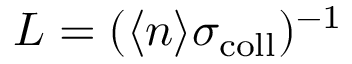
L = ( \langle n \rangle \sigma _ { \mathrm { c o l l } } ) ^ { - 1 }